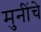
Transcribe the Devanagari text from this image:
मुनींचे